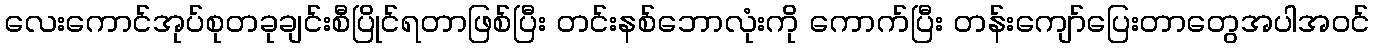
လေးကောင်အုပ်စုတခုချင်းစီပြိုင်ရတာဖြစ်ပြီး တင်းနစ်ဘောလုံးကို ကောက်ပြီး တန်းကျော်ပြေးတာတွေအပါအဝင်